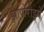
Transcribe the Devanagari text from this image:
झापोरोझ्ये